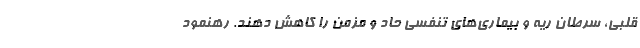
قلبی، سرطان ریه و بیماری‌های تنفسی حاد و مزمن را کاهش دهند. رهنمود